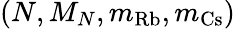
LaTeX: (N,M_{N},m_{\mathrm{Rb}},m_{\mathrm{Cs}})